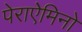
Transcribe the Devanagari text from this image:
पेराऐमिनो